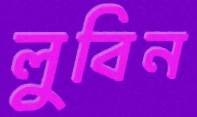
লুবিন